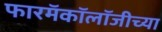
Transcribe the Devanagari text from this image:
फारमॅकॉलॉजीच्या